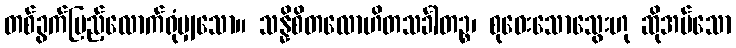
တစ်ခွက်ပြည့်လောက်ရုံမျှသော။ သန္နိစိတလောဟိတသင်္ခါတဉ္စ၊ စုဝေးသောသွေးဟု ဆိုအပ်သော